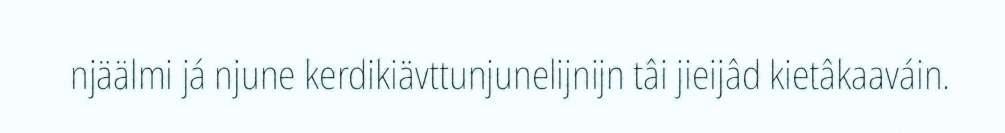
njäälmi já njune kerdikiävttunjunelijnijn tâi jieijâd kietâkaaváin.